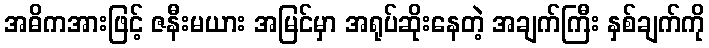
အဓိကအားဖြင့် ဇနီးမယား အမြင်မှာ အရုပ်ဆိုးနေတဲ့ အချက်ကြီး နှစ်ချက်ကို